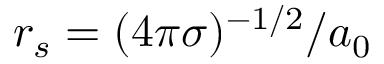
r _ { s } = ( 4 \pi \sigma ) ^ { - 1 / 2 } / a _ { 0 }